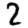
Digit: 2